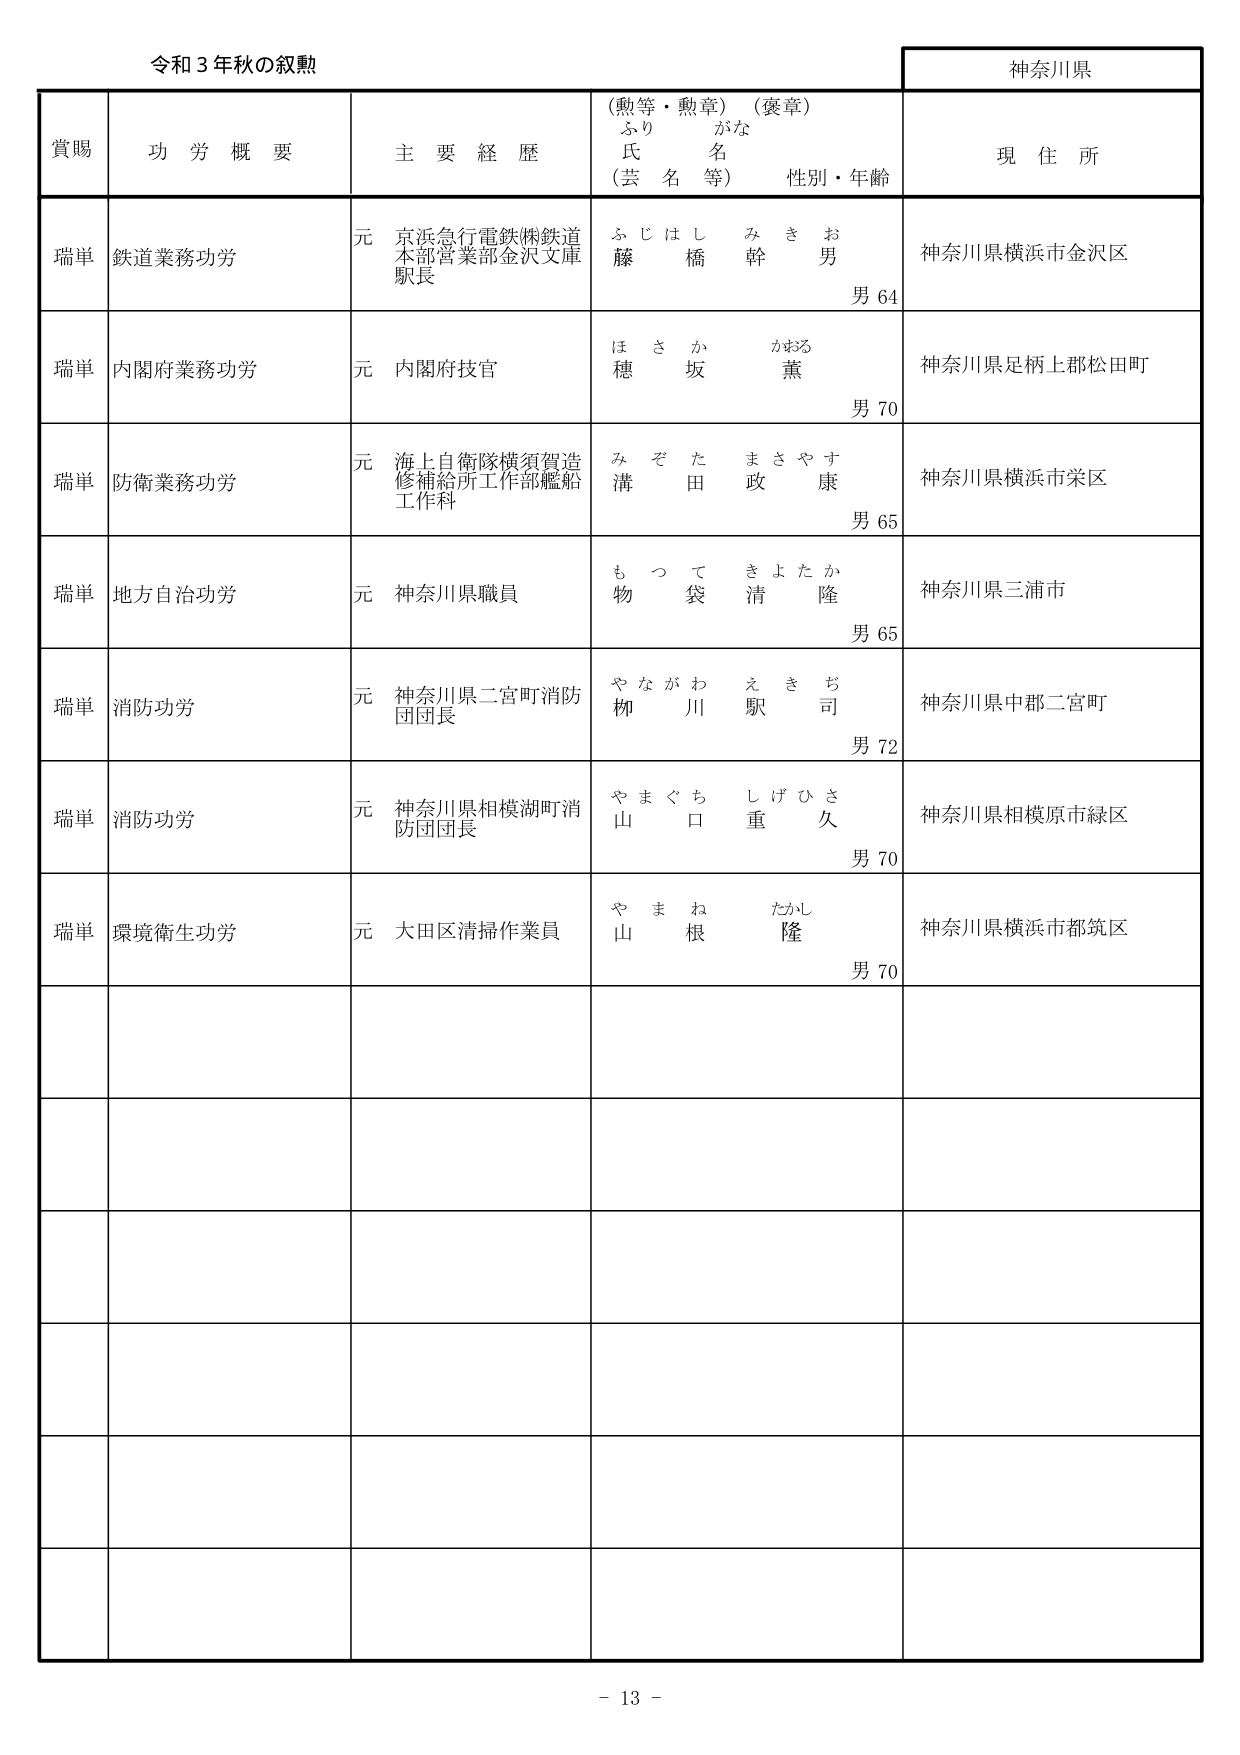
令和３年秋の叙勲

神奈川県

賞賜　　功労概要　　主要経歴　　（勲等・勲章）（褒章）　　現住所
　　　　　　　　　　　ふりがな